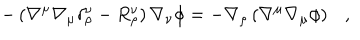
LaTeX: - \left( \nabla ^ { \mu } \nabla _ { \mu } \delta _ { \rho } ^ { \nu } - R _ { \rho } ^ { \nu } \right) \nabla _ { \nu } \phi = - \nabla _ { \rho } \left( \nabla ^ { \mu } \nabla _ { \mu } \phi \right) ,